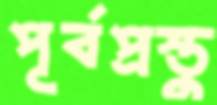
পূর্বপ্রস্তু